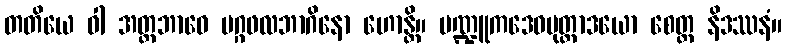
တတိယေ ဝါ အတ္တဘာဝေ မဂ္ဂဖလဘာဂိနော ဟောန္တိ။ မဏ္ဍူကဒေဝပုတ္တာဒယော စေတ္ထ နိဒဿနံ။